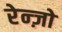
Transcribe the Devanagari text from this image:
रेन्ज़ो